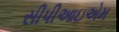
સીપીઆઇએમ